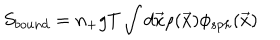
LaTeX: S _ { b o u n d } = n _ { + } g T \int d { \vec { x } } \rho ( { \vec { x } } ) \phi _ { s p h } ( { \vec { x } } )